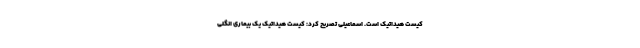
کیست هیداتیک است. اسماعیلی تصریح کرد: کیست هیداتیک یک بیماری انگلی